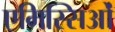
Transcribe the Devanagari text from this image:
एमिस्सिओं